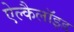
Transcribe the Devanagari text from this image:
ऐल्कैलॉइड